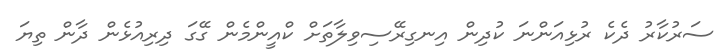
ސަރުކާރު ދެކެ ރުޅިއަންނަ ކުދިން އިނގިރޭސިވިލާތަށް ކްއީންމެން ގޭގަ ދިރިއުޅެން ދާން ތިޔަ